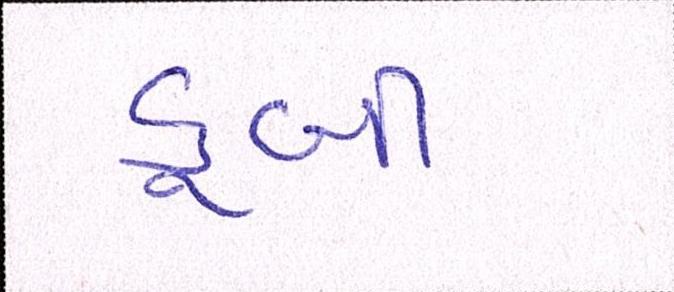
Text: ડૂબી